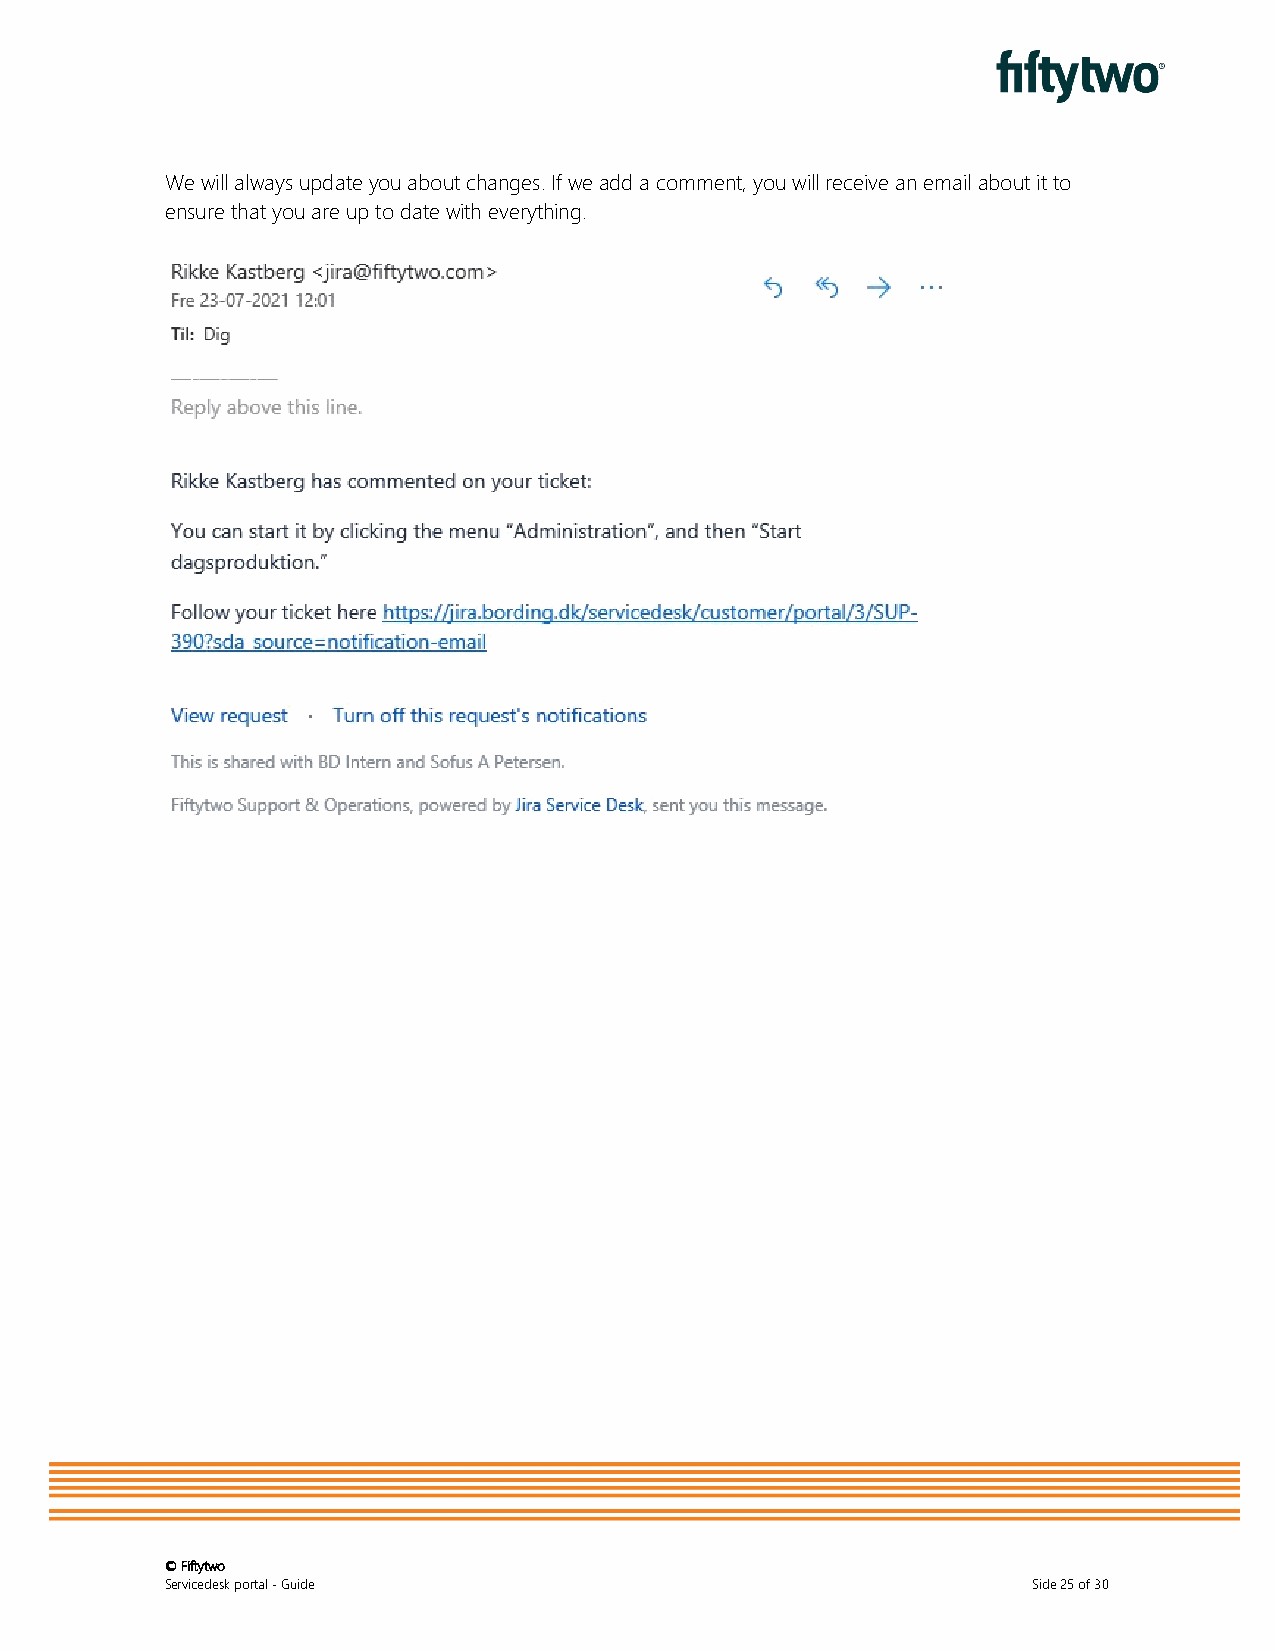
We will always update you about changes. If we add a comment, you will receive an email about it to
 ensure that you are up to date with everything.
 © Fiftytwo
 Servicedesk portal - Guide                               Side 25 of 30